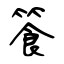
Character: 篒